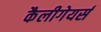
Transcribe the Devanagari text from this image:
कैलीगेयर्स